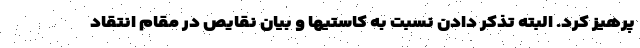
پرهیز کرد. البته تذکر دادن نسبت به کاستیها و بیان نقایص در مقام انتقاد